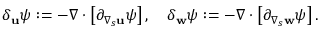
\begin{array} { r } { \delta _ { \mathbf { u } } \psi : = - \nabla \cdot \left[ \partial _ { \nabla _ { s } \mathbf { u } } \psi \right] , \quad \delta _ { \mathbf { w } } \psi : = - \nabla \cdot \left[ \partial _ { \nabla _ { s } \mathbf { w } } \psi \right] . } \end{array}